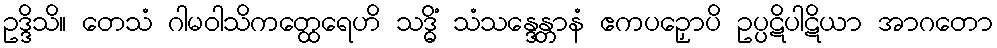
ဥဒ္ဒိသိ။ တေသံ ဂါမဝါသိကတ္ထေရေဟိ သဒ္ဓိံ သံသန္ဒေန္တာနံ ဧကပဉှောပိ ဥပ္ပဋိပါဋိယာ အာဂတော